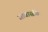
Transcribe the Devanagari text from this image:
जावास्क्रीप्ट